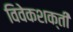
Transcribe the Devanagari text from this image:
विवेकशक्ती